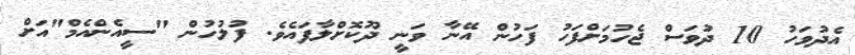
އެދުވަހު 10 ދުވަސް ޖެހުމަށްފަހު ފަހުން އޭނާ ވަނީ ދޫކޮށްލާފައެވެ. ފުލުހުން "ސީއެންއެމް"އަށް